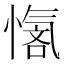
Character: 𪬣